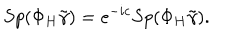
S p ( \Phi _ { H } \tilde { \gamma } ) = e ^ { - i c } S p ( \Phi _ { H } \tilde { \gamma } ) .